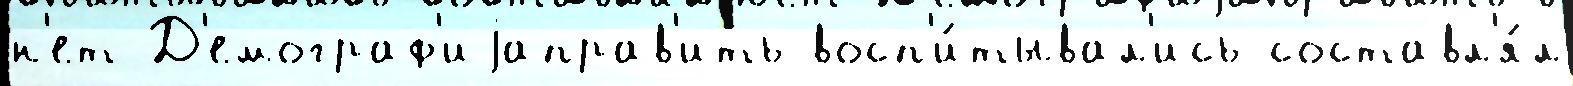
н'ет Д'емограф'иjаправ'ить восп'и́тывал'ись составл'я́л